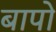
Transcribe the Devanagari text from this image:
बापो